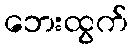
ဘေးထွက်